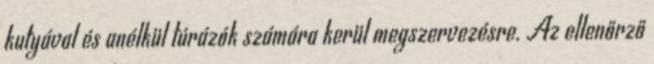
kutyával és anélkül túrázók számára kerül megszervezésre. Az ellenőrző